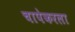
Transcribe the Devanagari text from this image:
चापेकरला